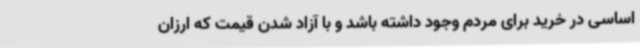
اساسی در خرید برای مردم وجود داشته باشد و با آزاد شدن قیمت که ارزان